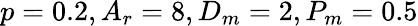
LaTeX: p=0.2,A_{r}=8,D_{m}=2,P_{m}=0.5